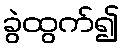
ခွဲထွက်၍